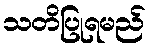
သတိပြုရမည်